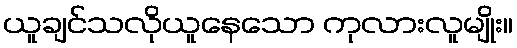
ယူချင်သလိုယူနေသော ကုလားလူမျိုး။